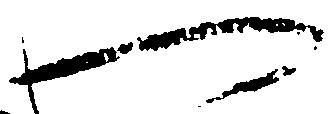
へ